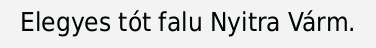
Elegyes tót falu Nyitra Várm.